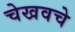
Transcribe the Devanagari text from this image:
चेखवचे